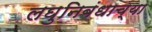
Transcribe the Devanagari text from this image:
लघुनिबंधाच्या